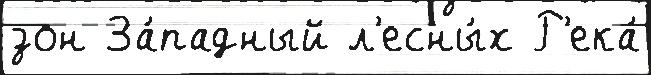
зон За́падный л'есны́х Р'ека́